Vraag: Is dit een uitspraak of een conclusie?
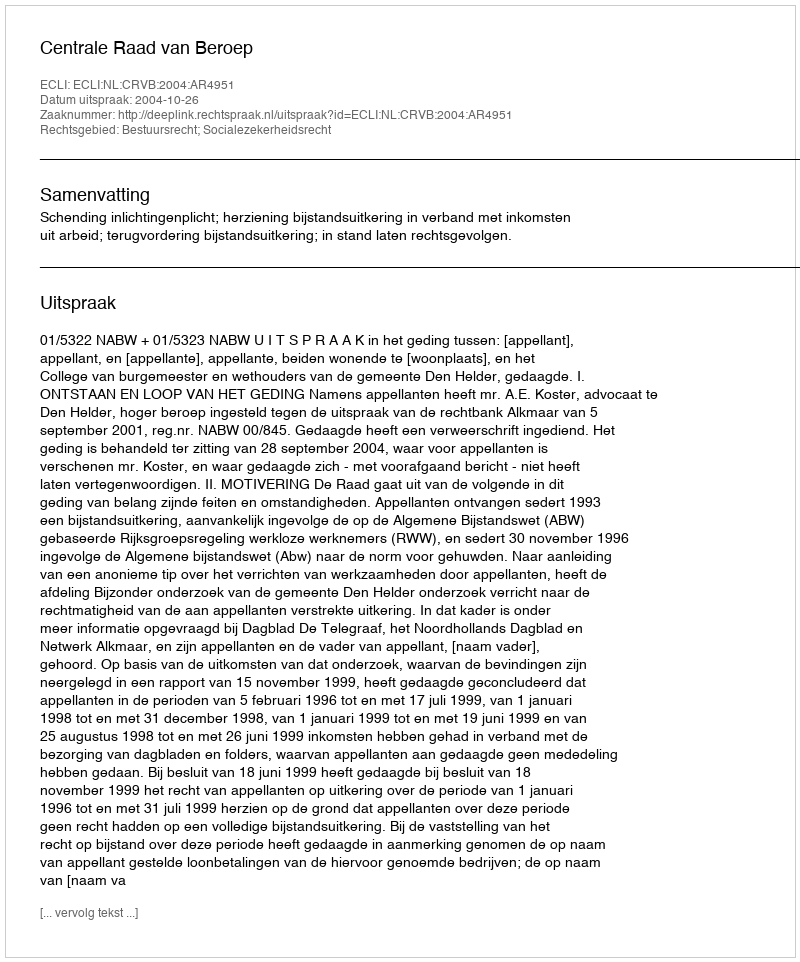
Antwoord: Uitspraak